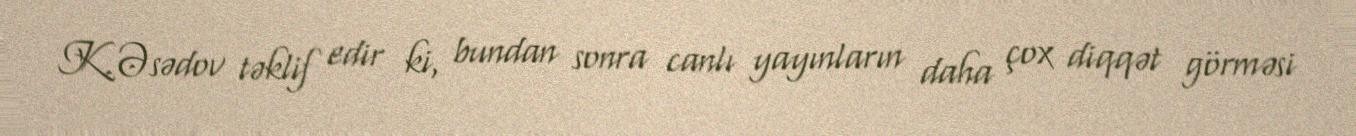
K.Əsədov təklif edir ki, bundan sonra canlı yayınların daha çox diqqət görməsi